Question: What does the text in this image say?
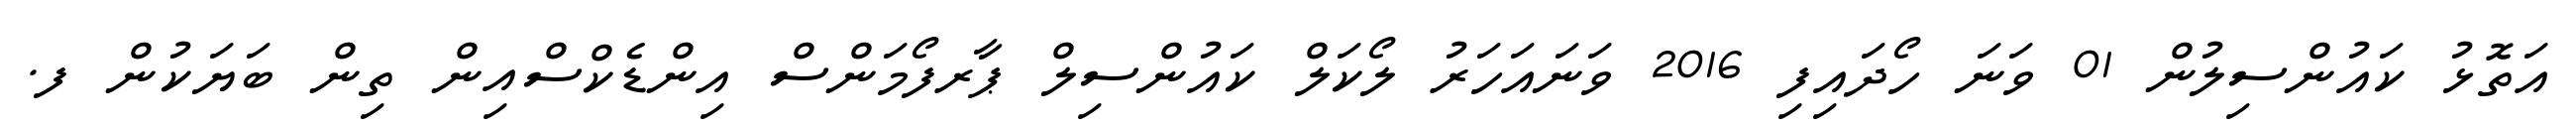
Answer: އަތޮޅު ކައުންސިލުން 01 ވަނަ ހޯދައިފި 2016 ވަނައަހަރު ލޯކަލް ކައުންސިލް ޕާރފޯމަންސް އިންޑެކްސްއިން ތިން ބަޔަކުން ފ.